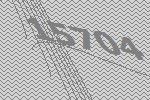
15704